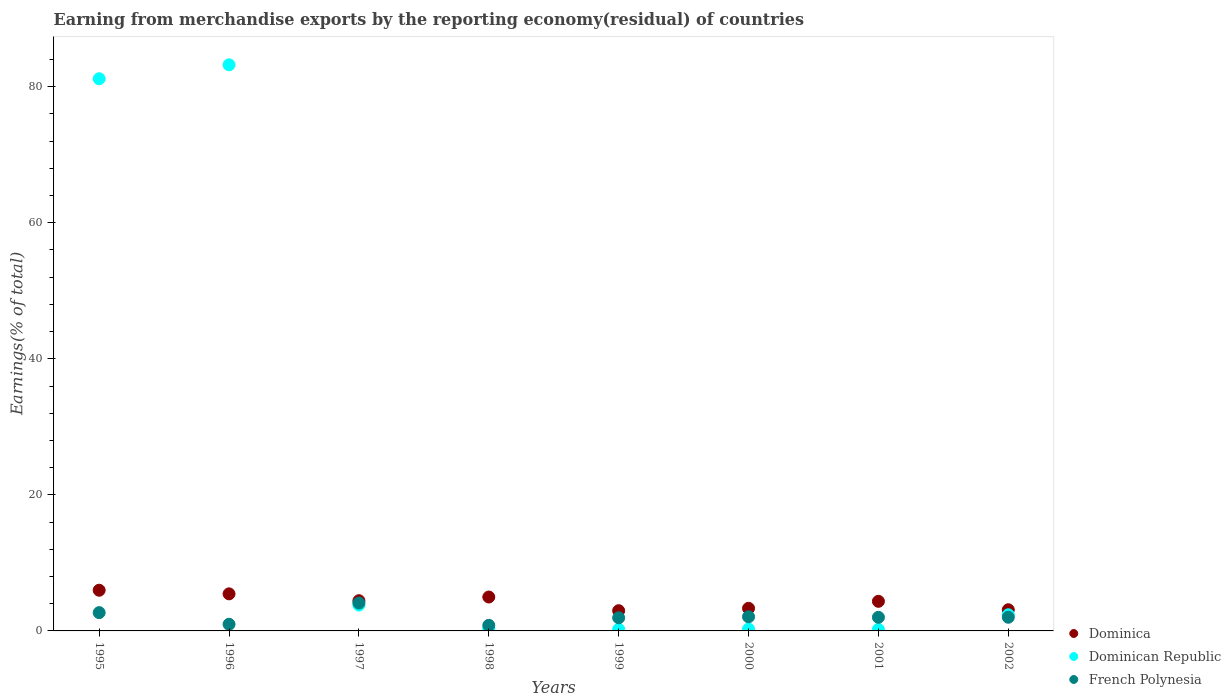
| Years | Dominica | Dominican Republic | French Polynesia |
 | --- | --- | --- | --- |
 | 1995 | 5.98 | 81.2 | 2.69 |
 | 1996 | 5.45 | 83.2 | 0.979 |
 | 1997 | 4.44 | 3.8 | 4.1 |
 | 1998 | 4.98 | 0.325 | 0.82 |
 | 1999 | 2.97 | 0.226 | 1.93 |
 | 2000 | 3.32 | 0.273 | 2.08 |
 | 2001 | 4.35 | 0.221 | 2 |
 | 2002 | 3.11 | 2.38 | 2.01 |